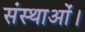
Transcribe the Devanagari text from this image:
संस्थाओं।